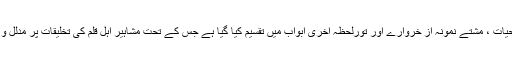
مجلے کو محاضرات،جراحیات ، مشتے نمونہ از خروارے اور تورلحظہ آخری ابواب میں تقسیم کیا گیا ہے جس کے تحت مشاہیر اہل قلم کی تخلیقات پر مدلل و مفصل بحث کی گئی ہے ۔